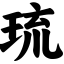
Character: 琉